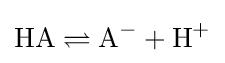
{\text{HA}}\rightleftharpoons {\text{A}}^{-}+{\text{H}}^{+}